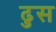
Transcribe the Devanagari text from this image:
ढुस